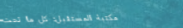
مكتبة المستقبل: كل ما تحت